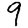
Digit: 9